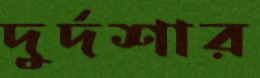
দুর্দশার